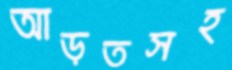
আড়তসহ